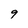
Character: 9